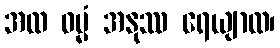
အထ ဓမ္မံ အနုဿ ရေယျာထ၊